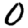
Digit: 0